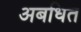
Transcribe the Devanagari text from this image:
अबधित